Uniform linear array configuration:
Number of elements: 32
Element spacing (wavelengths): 0.25
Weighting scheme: blackman
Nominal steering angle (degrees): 30
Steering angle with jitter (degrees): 30.078
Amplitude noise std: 0.05
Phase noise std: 0.05

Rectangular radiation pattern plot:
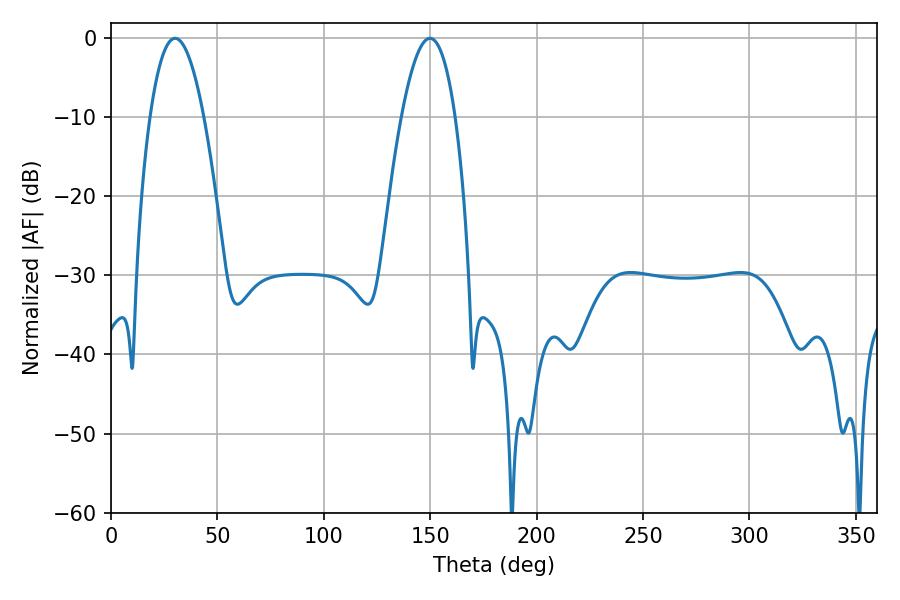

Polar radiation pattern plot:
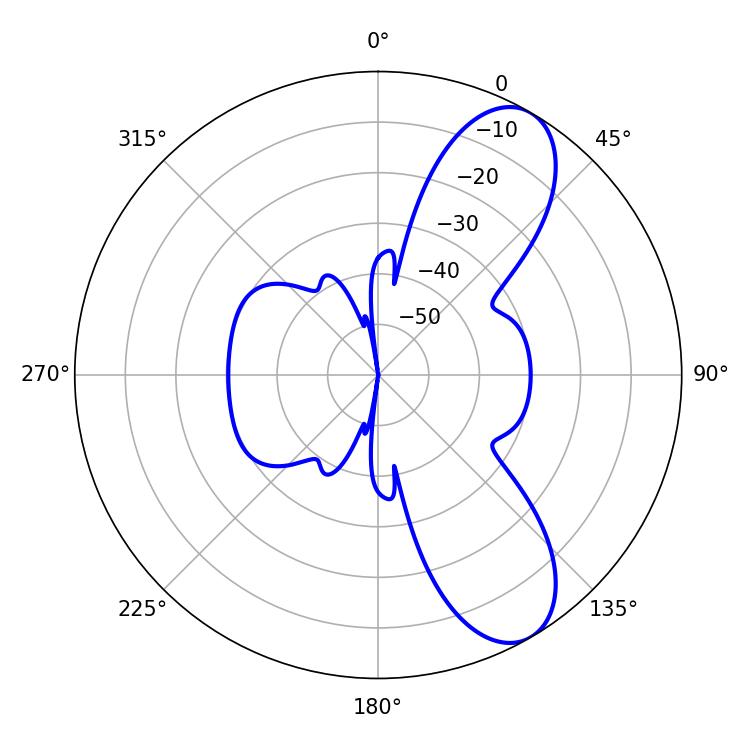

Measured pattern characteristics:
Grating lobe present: FALSE
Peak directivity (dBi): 8.801
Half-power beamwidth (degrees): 13.86
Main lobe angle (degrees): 30.06